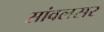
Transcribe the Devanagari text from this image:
सांवलसर